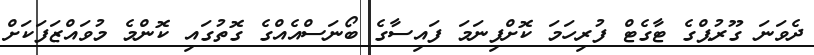
ދެވަނަ ގޫރުޕްގެ ޓާގެޓް ފުރިހަމަ ކޮށްފިނަމަ ފައިސާގެ ބޯނަސްއެއްގެ ގޮތުގައި ކޮންމެ މުވައްޒަފަކަށް